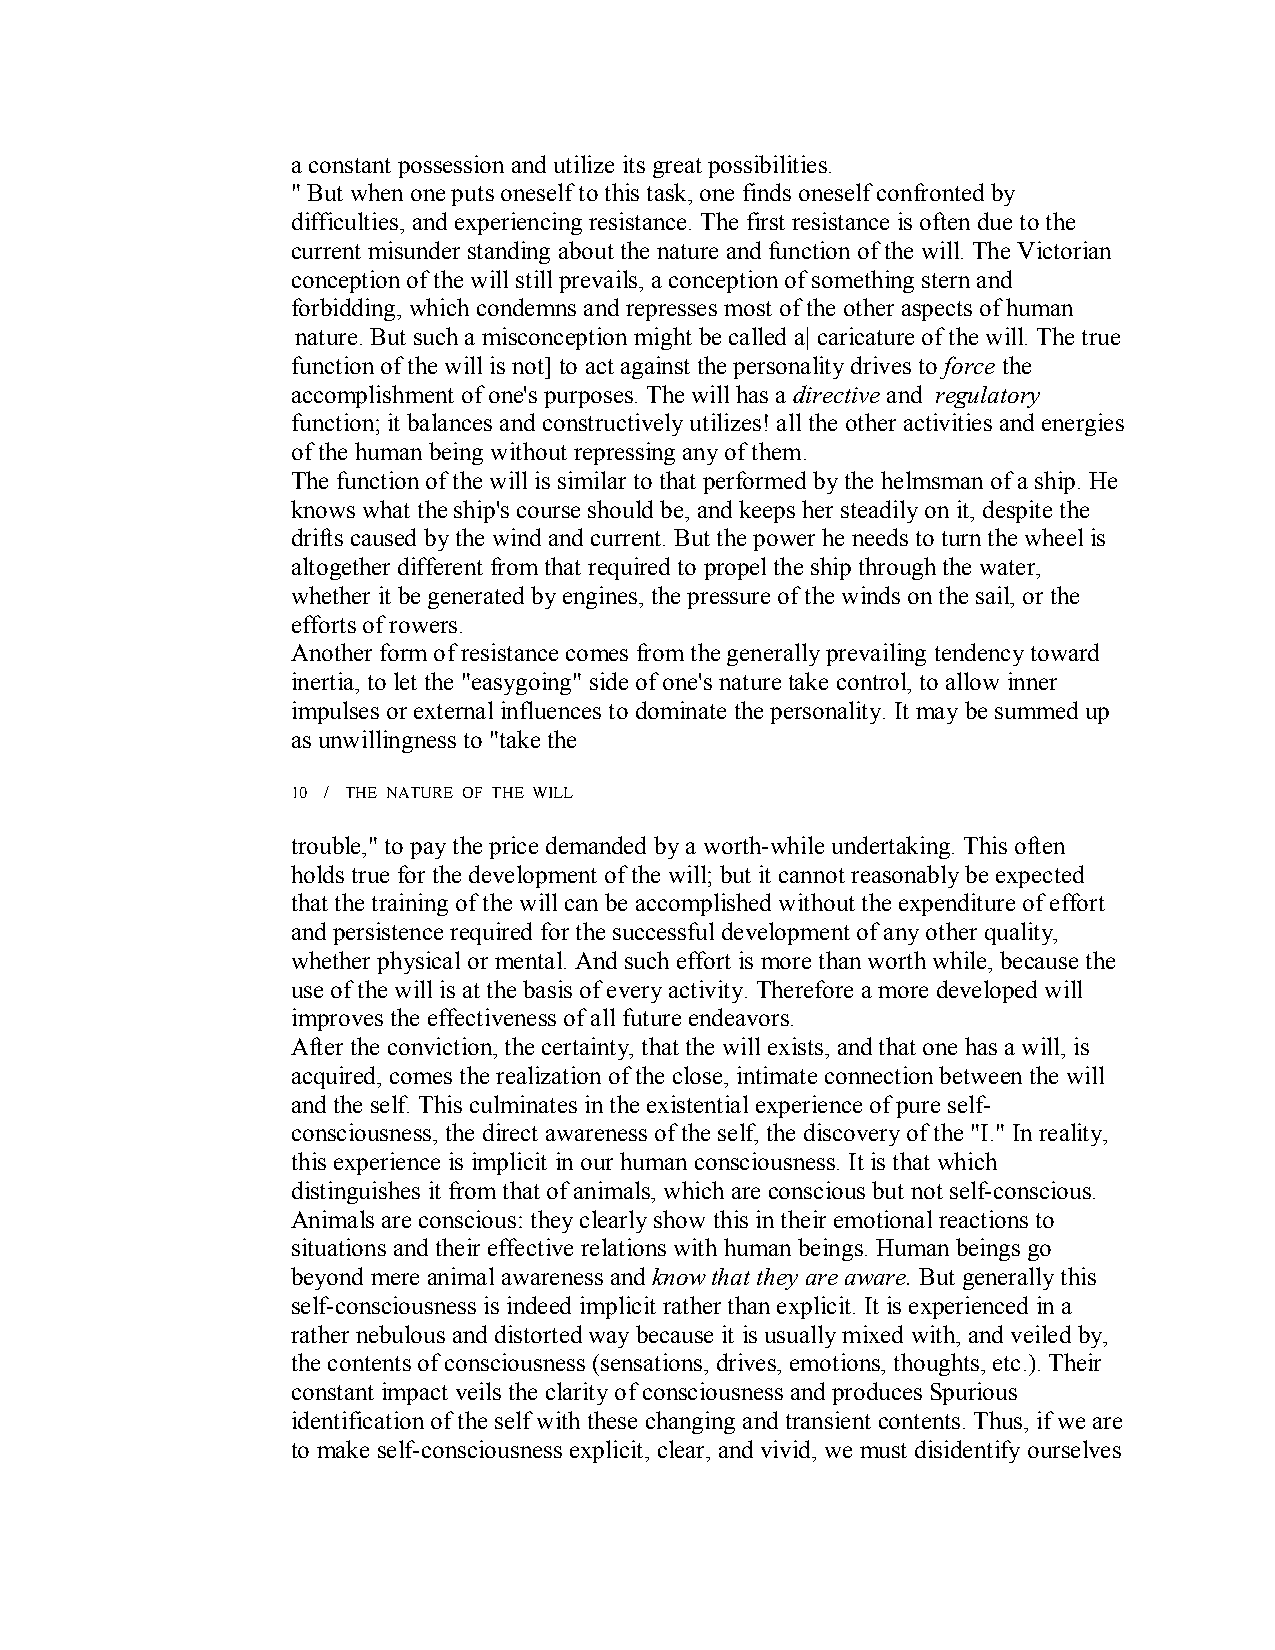
a constant possession and utilize its great possibilities.
 " But when one puts oneself to this task, one finds oneself confronted by
 difficulties, and experiencing resistance. The first resistance is often due to the
 current misunder standing about the nature and function of the will. The Victorian
 conception of the will still prevails, a conception of something stern and
 forbidding, which condemns and represses most of the other aspects of human
 nature. But such a misconception might be called a| caricature of the will. The true
 function of the will is not] to act against the personality drives toforce the
 accomplishment of one's purposes. The will has a directive and regulatory
 function; it balances and constructively utilizes! all the other activities and energies
 of the human being without repressing any of them.
 The function of the will is similar to that performed by the helmsman of a ship. He
 knows what the ship's course should be, and keeps her steadily on it, despite the
 drifts caused by the wind and current. But the power he needs to turn the wheel is
 altogether different from that required to propel the ship through the water,
 whether it be generated by engines, the pressure of the winds on the sail, or the
 efforts of rowers.
 Another form of resistance comes from the generally prevailing tendency toward
 inertia, to let the "easygoing" side ofone's nature take control, to allow inner
 impulses or external influences to dominate the personality. It may be summed up
 as unwillingness to "take the
 10 / THE NATURE OF THE WILL
 trouble," to pay the price demanded by a worth­while undertaking. This often
 holds true for the development of the will; but it cannot reasonably be expected
 that the training of the will can be accomplished without the expenditure of effort
 and persistence required for the successful development of any other quality,
 whether physical or mental. And such effort is more than worth while, because the
 use of the will is at the basis of every activity. Therefore a more developed will
 improves the effectiveness of allfuture endeavors.
 After the conviction, the certainty, that the will exists, and that one has a will, is
 acquired, comes the realization of the close, intimate connection between the will
 and the self. This culminates in the existential experience of pure self­
 consciousness, the direct awareness of the self, the discovery of the "I." In reality,
 this experience is implicit in our human consciousness. It is that which
 distinguishes it from that of animals, which are conscious but not self­conscious.
 Animals are conscious: they clearly show this in their emotional reactions to
 situations and their effective relations with human beings. Human beings go
 beyond mere animal awareness and know that they are aware. But generally this
 self­consciousness is indeed implicit rather than explicit. It is experienced in a
 rather nebulous and distorted way because it is usually mixed with, and veiled by,
 the contents of consciousness (sensations, drives, emotions, thoughts, etc.). Their
 constant impact veils the clarity ofconsciousness and produces Spurious
 identification of the self with these changing and transient contents. Thus, if we are
 to make self­consciousness explicit, clear, and vivid, we must disidentify ourselves